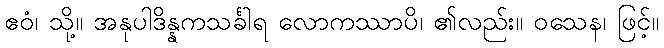
ဧဝံ၊ သို့။ အနုပါဒိန္နကသင်္ခါရ လောကဿာပိ၊ ၏လည်း။ ဝသေန၊ ဖြင့်။